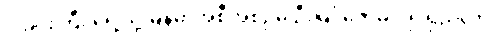
ဝါခင်းကြီး ရှေ့သို့မြန်မာအစီအစဉ်မှ ဦးမြင့်ဇော်မှ ပို၍ရှည်လာ